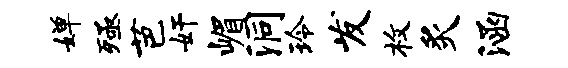
婵殛芭奸嵋洞玲发枚炙涵